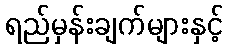
ရည်မှန်းချက်များနှင့်